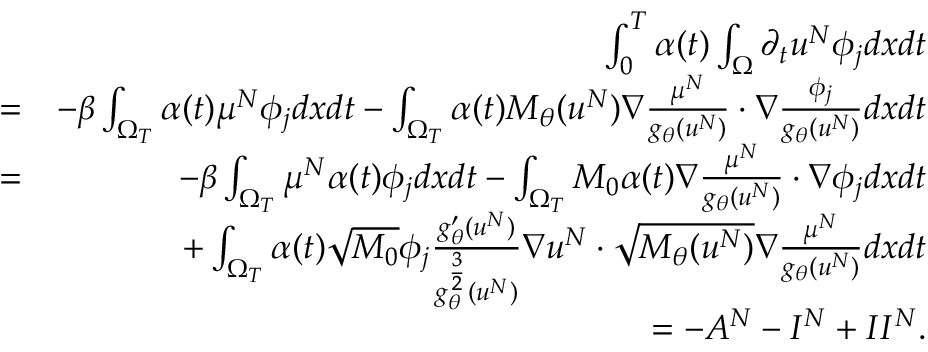
\begin{array} { r l r } & { } & { \int _ { 0 } ^ { T } \alpha ( t ) \int _ { \Omega } \partial _ { t } u ^ { N } \phi _ { j } d x d t } \\ & { = } & { - \beta \int _ { \Omega _ { T } } \alpha ( t ) \mu ^ { N } \phi _ { j } d x d t - \int _ { \Omega _ { T } } \alpha ( t ) M _ { \theta } ( u ^ { N } ) \nabla \frac { \mu ^ { N } } { g _ { \theta } ( u ^ { N } ) } \cdot \nabla \frac { \phi _ { j } } { g _ { \theta } ( u ^ { N } ) } d x d t } \\ & { = } & { - \beta \int _ { \Omega _ { T } } \mu ^ { N } \alpha ( t ) \phi _ { j } d x d t - \int _ { \Omega _ { T } } M _ { 0 } \alpha ( t ) \nabla \frac { \mu ^ { N } } { g _ { \theta } ( u ^ { N } ) } \cdot \nabla \phi _ { j } d x d t } \\ & { } & { + \int _ { \Omega _ { T } } \alpha ( t ) \sqrt { M _ { 0 } } \phi _ { j } \frac { g _ { \theta } ^ { \prime } ( u ^ { N } ) } { g _ { \theta } ^ { \frac { 3 } { 2 } } ( u ^ { N } ) } \nabla u ^ { N } \cdot \sqrt { M _ { \theta } ( u ^ { N } ) } \nabla \frac { \mu ^ { N } } { g _ { \theta } ( u ^ { N } ) } d x d t } \\ & { } & { = - A ^ { N } - I ^ { N } + I I ^ { N } . } \end{array}